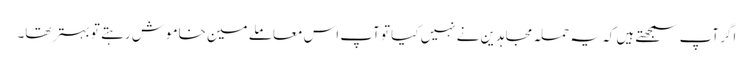
اگر آپ سمجھتے ہیں کہ یہ حملہ مجاہدین نے نہیں کیا تو آپ اس معاملے مین خاموش رہتے تو بہتر تھا۔